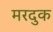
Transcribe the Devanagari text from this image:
मरदुक